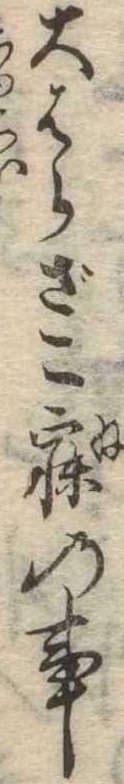
大はらざこ寐の事